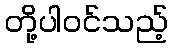
တို့ပါဝင်သည့်